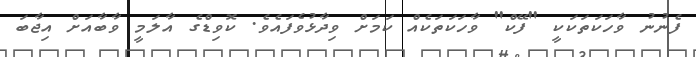
ފެނުނު ވާހަކަތަކަަކީ "ފޭކް" ވާހަކަތަކެއް ކަމަށް ވިދާޅުވެފައެވެ. ކޮވިޑްގެ އާލަމީ ވާބާއަށް އިޖާބަ